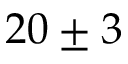
2 0 \pm 3